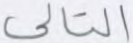
التالي